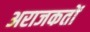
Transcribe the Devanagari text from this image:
अराजकतों